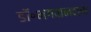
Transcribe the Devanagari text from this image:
डॉ॰भगवानदास